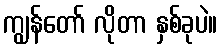
ကျွန်တော် လိုတာ နှစ်ခုပဲ။